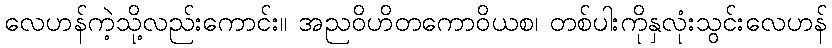
လေဟန်ကဲ့သို့လည်းကောင်း။ အညဝိဟိတကောဝိယစ၊ တစ်ပါးကိုနှလုံးသွင်းလေဟန်